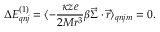
\Delta E _ { q n j } ^ { ( 1 ) } = \langle - \frac { \kappa z e } { 2 M r ^ { 3 } } \beta \vec { \Sigma } \cdot \vec { r } \rangle _ { q n j m } = 0 .